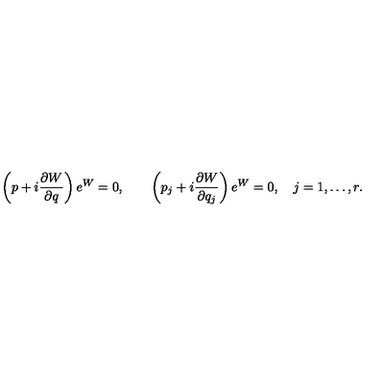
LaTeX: \left( p + i { \frac { \partial W } { \partial q } } \right) e ^ { W } = 0 , \qquad \left( p _ { j } + i { \frac { \partial W } { \partial q _ { j } } } \right) e ^ { W } = 0 , \quad j = 1 , \ldots , r .